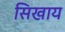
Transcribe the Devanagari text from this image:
सिखाय